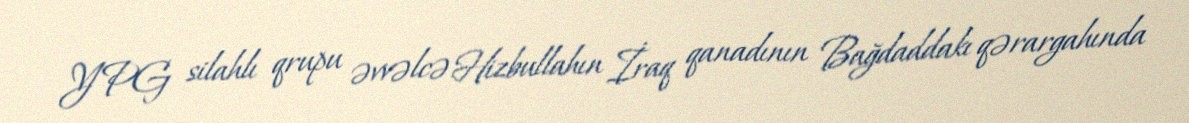
YPG silahlı qrupu əvvəlcə Hizbullahın İraq qanadının Bağdaddakı qərargahında